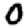
Digit: 0